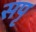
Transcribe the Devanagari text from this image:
सपृ